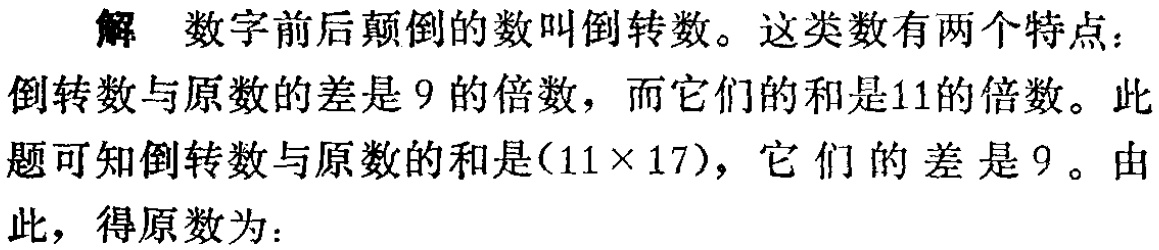
解 数字前后颠倒的数叫倒转数。这类数有两个特点：倒转数与原数的差是 9 的倍数，而它们的和是11的倍数。此题可知倒转数与原数的和是\((11\times 17)\)，它们的差是 9 。由此，得原数为：